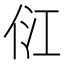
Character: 𰂂